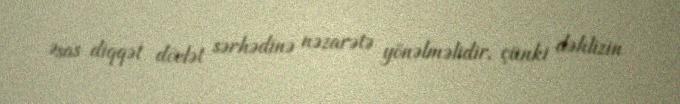
Əsas diqqət dövlət sərhədinə nəzarətə yönəlməlidir, çünki dəhlizin